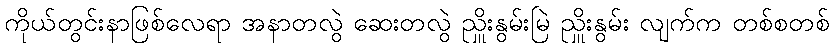
ကိုယ်တွင်းနာဖြစ်လေရာ အနာတလွဲ ဆေးတလွဲ ညှိူးနွမ်းမြဲ ညှိူးနွမ်း လျက်က တစ်စတစ်